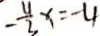
- \frac { 1 1 } { 3 } x = - 4